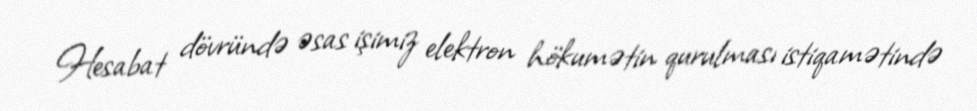
Hesabat dövründə əsas işimiz elektron hökumətin qurulması istiqamətində